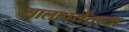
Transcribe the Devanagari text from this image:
सालापर्यंतच्या